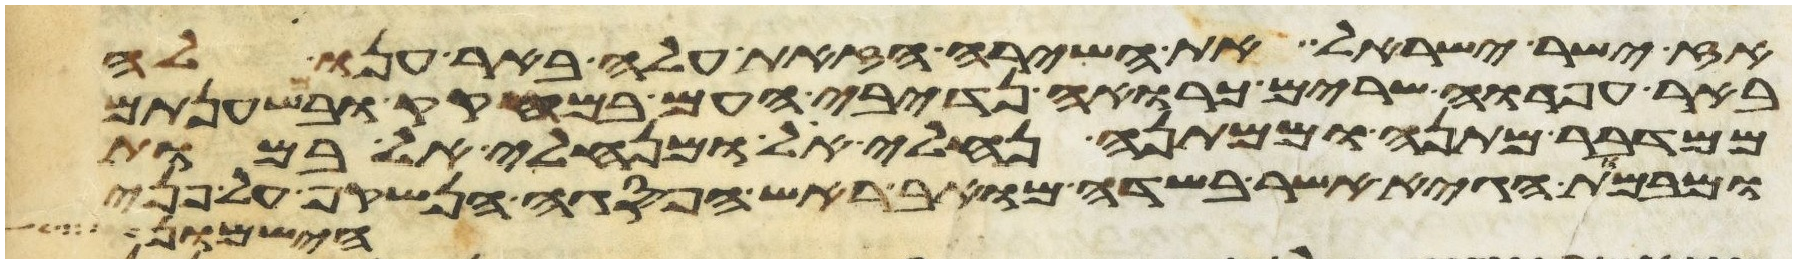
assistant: אז ישיר ישראל את השירה הזאת עלה באר ענו לה
באר חפרוה שרים כרואה נדיבי העם במחקק ובמשענתם
ממדבר מתנה וממתנה נחליאל ומנחליאל במות
ומבמות הגיא אשר בשדה מואב ראש הפסגה הנשקף על פני
הישמון